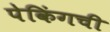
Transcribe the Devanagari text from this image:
पेकिंगची